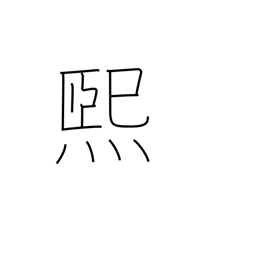
Meaning: shine